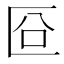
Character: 㔯